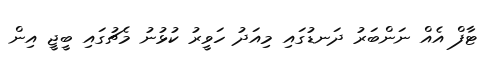
ޓާފް އެއް ނަންބަރު ދަނޑުގައި މިއަދު ހަވީރު ކުޅުނު މެޗުގައި ބީޖީ އިން